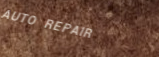
AUTO REPAIR